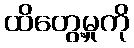
ထိတွေ့မှုကို